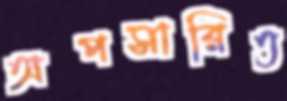
অপসারিত